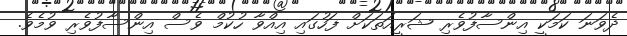
ދެވަނަ ކަމަކީ އިންސާފުވެރި ޝަރީއަތަކަށް ފަހުގައި އިއްވާ ހުކުމް ވެސް އިންސާފުވެރި ވުމެވެ.